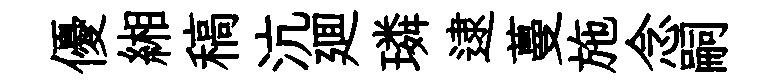
優緗稿沆廽璘逮蔓施念嗣